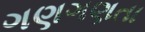
ગણગણતા